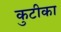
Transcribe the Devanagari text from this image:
कुटीका